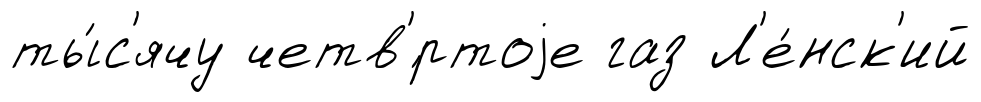
ты́с'ячу четв'́ртоjе газ Л'е́нск'ий